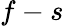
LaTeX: f-s